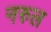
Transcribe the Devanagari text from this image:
नरुल